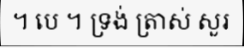
។ បេ ។ ទ្រង់ ត្រាស់ សួរ